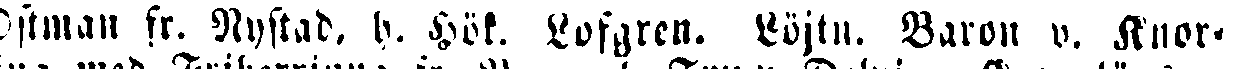
Östman fr. Nystad, b. Hök. Löfgren. Löjtn. Baron v. Knor-